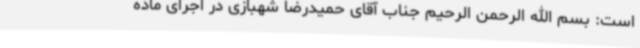
است: بسم الله الرحمن الرحیم جناب آقای حمیدرضا شهبازی در اجرای ماده